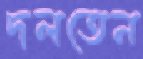
দলতেন